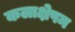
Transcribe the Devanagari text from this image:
कलाक्षेपम